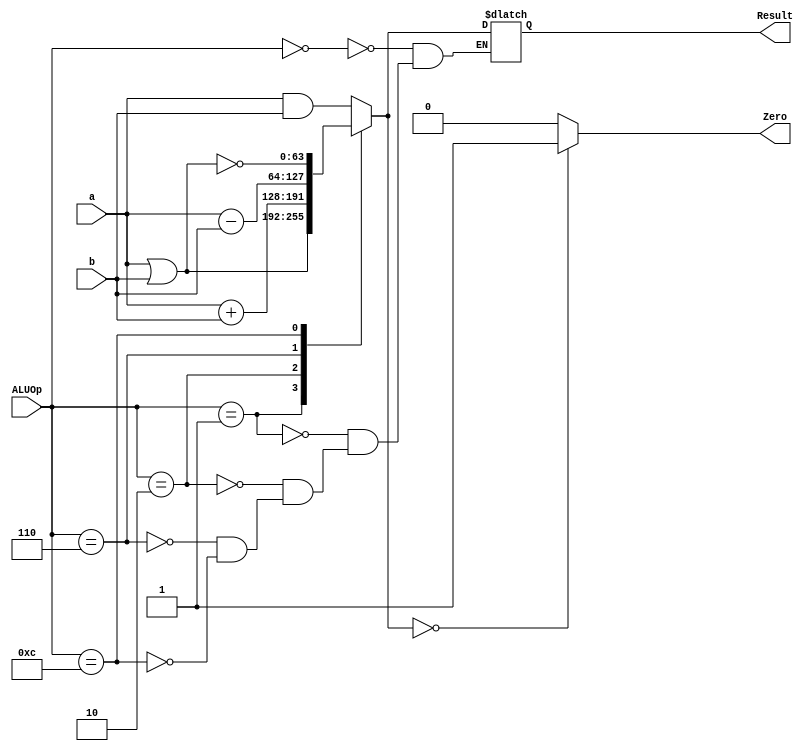
module ALU_64_bit(
        input [63:0] a, b, 
        input [3:0]ALUOp,
        output reg [63:0]Result, 
        output reg Zero);


always @ (*) 
begin
        case (ALUOp)

        4'b0000: Result = a & b;
        4'b0001: Result = a | b;
        4'b0010: Result = a + b;
        4'b0110: Result = a - b;
        4'b1100: Result = ~(a | b);

        endcase
        
        if (Result[63:0] == 64'b0) 
            Zero = 1'b1;
        else 
            Zero = 1'b0;
end

endmodule